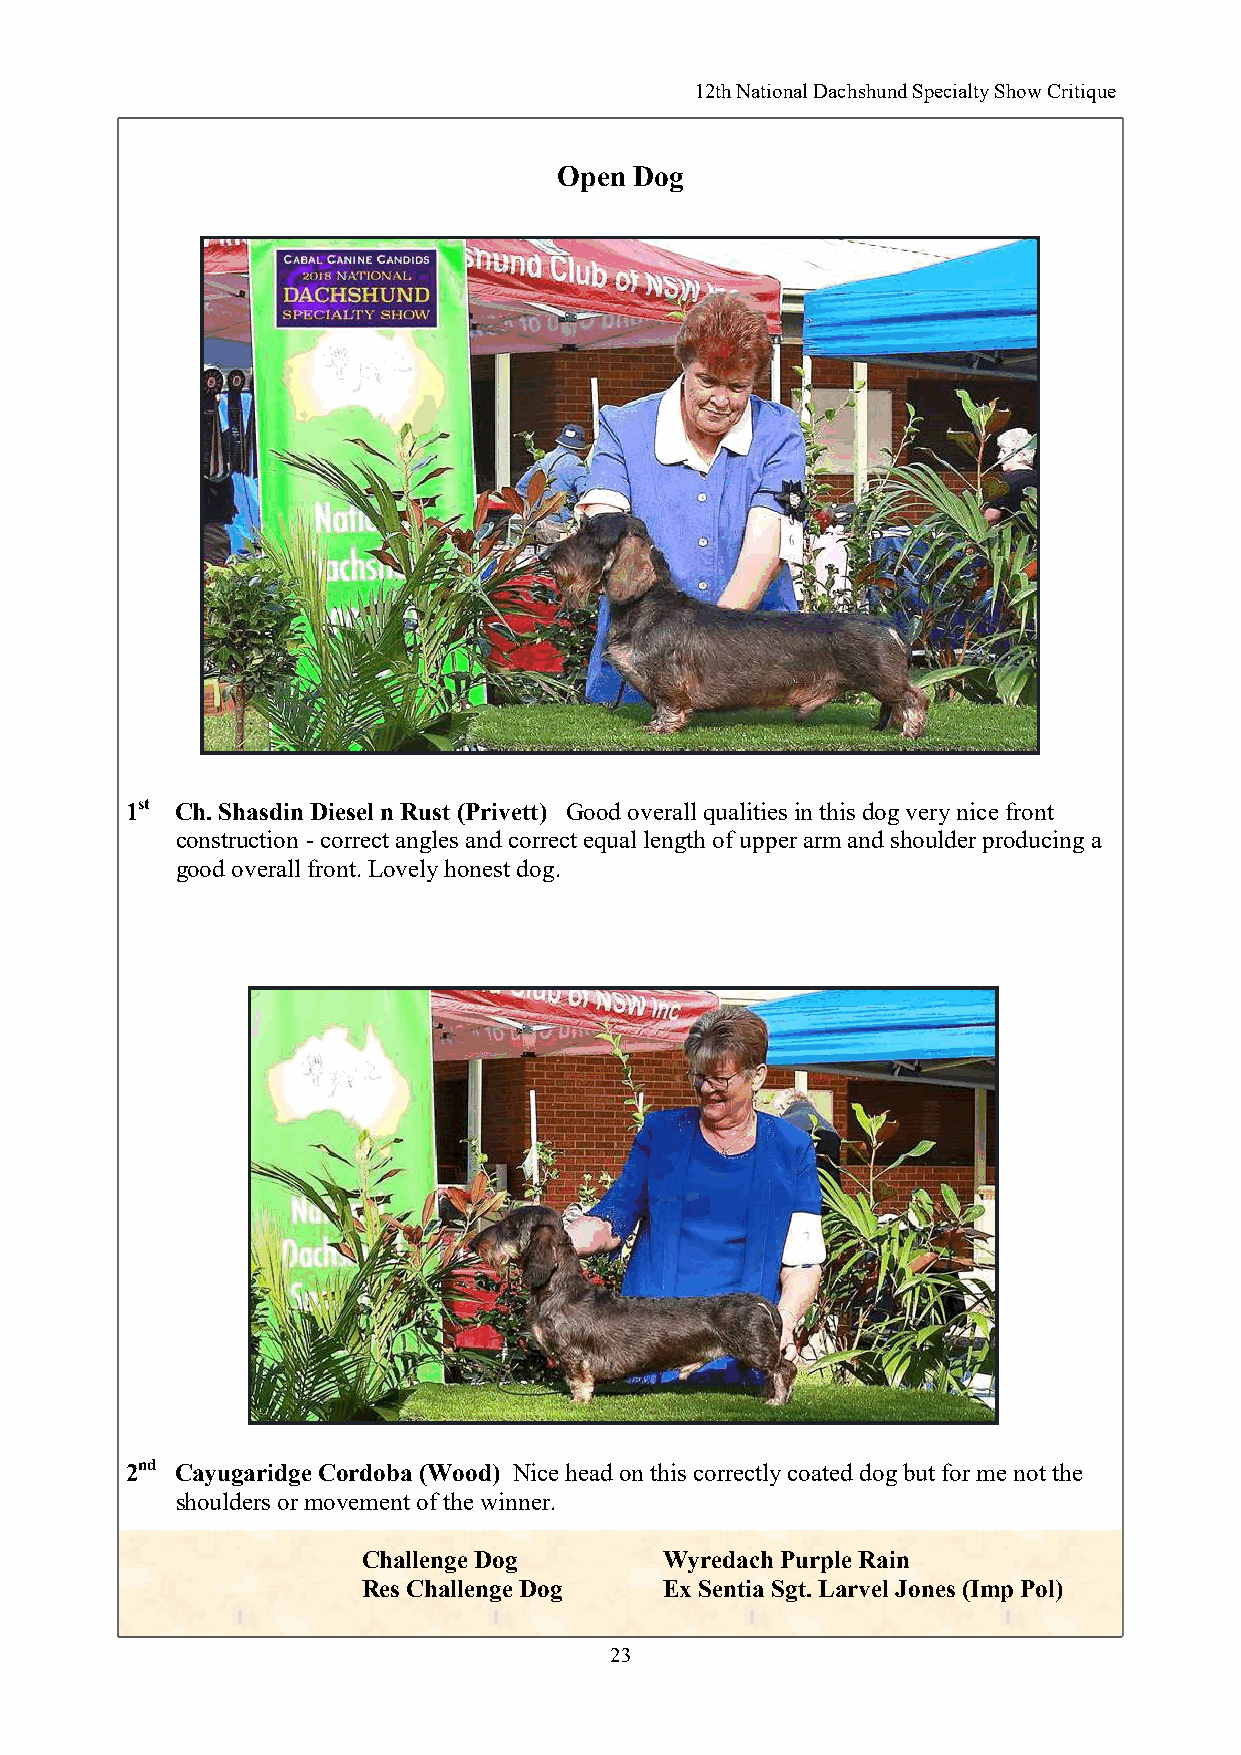
12th National Dachshund Specialty Show Critique
 Open Dog
 1st Ch. Shasdin Diesel n Rust (Privett) Good overall qualities in this dog very nice front
 construction - correct angles and correct equal length of upper arm and shoulder producing a
 good overall front. Lovely honest dog.
 2nd Cayugaridge Cordoba (Wood) Nice head on this correctly coated dog but for me not the
 shoulders or movement of the winner.
 Challenge Dog       Wyredach Purple Rain
 Res Challenge Dog   Ex Sentia Sgt. Larvel Jones (Imp Pol)
 23